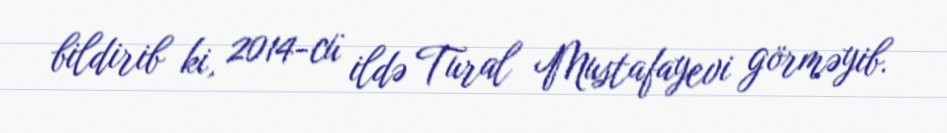
bildirib ki, 2014-cü ildə Tural Mustafayevi görməyib.